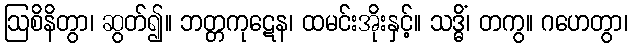
ဩစိနိတွာ၊ ဆွတ်၍။ ဘတ္တကုဋေန၊ ထမင်းအိုးနှင့်။ သဒ္ဓိံ၊ တကွ။ ဂဟေတွာ၊